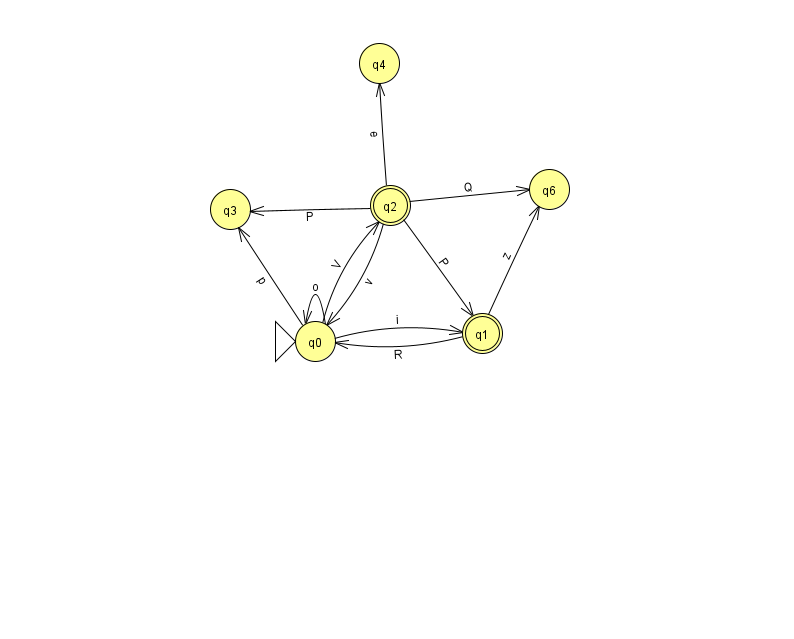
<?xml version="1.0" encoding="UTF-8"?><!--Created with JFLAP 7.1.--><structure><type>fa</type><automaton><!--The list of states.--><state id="0" name="q0"><x>315.0</x><y>328.0</y><initial/></state><state id="1" name="q1"><x>482.0</x><y>320.0</y><final/></state><state id="2" name="q2"><x>390.0</x><y>192.0</y><final/></state><state id="3" name="q3"><x>230.0</x><y>196.0</y></state><state id="4" name="q4"><x>379.0</x><y>50.0</y></state><state id="6" name="q6"><x>549.0</x><y>176.0</y></state><!--The list of transitions.--><transition><from>2</from><to>3</to><read>P</read></transition><transition><from>2</from><to>6</to><read>Q</read></transition><transition><from>0</from><to>1</to><read>i</read></transition><transition><from>2</from><to>1</to><read>P</read></transition><transition><from>1</from><to>6</to><read>z</read></transition><transition><from>0</from><to>3</to><read>p</read></transition><transition><from>2</from><to>4</to><read>e</read></transition><transition><from>1</from><to>0</to><read>R</read></transition><transition><from>0</from><to>2</to><read>V</read></transition><transition><from>2</from><to>0</to><read>v</read></transition><transition><from>0</from><to>0</to><read>o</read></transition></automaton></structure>